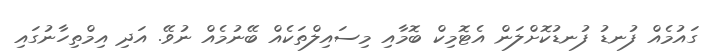
ގައުމެއް ފުނޑު ފުނޑުކޮށްލަން އެޓޮމިކް ބޮމާއި މިސައިލްތަކެއް ބޭނުމެއް ނުވޭ. އަދި އިމްތިހާނުގައި